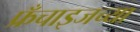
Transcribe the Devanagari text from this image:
फ्रँचाइजच्या